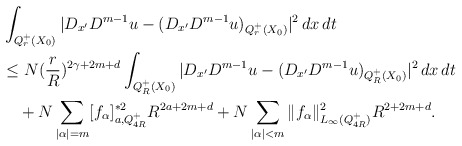
\begin{align*}&\int_{Q_r^+(X_0)}|D_{x^\prime}D^{m-1}u-(D_{x^\prime}D^{m-1}u)_{Q_r^+(X_0)}|^2\,dx\,dt \\&\le N (\frac{r}{R})^{2\gamma+2m+d} \int_{Q_R^+(X_0)}|D_{x^\prime}D^{m-1}u-(D_{x^\prime}D^{m-1}u)_{Q_R^+(X_0)}|^2\,dx\,dt\\&\quad+N\sum_{|\alpha|=m}[f_\alpha]_{a, Q_{4R}^+} ^{\ast2} R^{2a+2m+d} +N\sum_{|\alpha|<m} \|f_\alpha\|_{L_\infty(Q_{4R}^+)}^2R^{2+2m+d}.\end{align*}